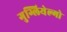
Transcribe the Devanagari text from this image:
गुग्लियेल्मो